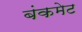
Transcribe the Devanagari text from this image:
बंकमेट